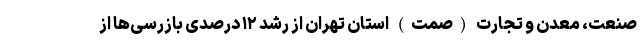
صنعت، معدن و تجارت (صمت) استان تهران از رشد ۱۲ درصدی بازرسی‌ها از